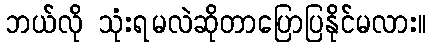
ဘယ်လို သုံးရမလဲဆိုတာပြောပြနိုင်မလား။